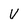
Character: V